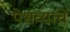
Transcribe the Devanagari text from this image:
पेशव्यांचें